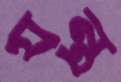
যন্ত্র